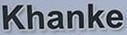
Khanke